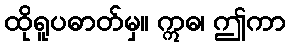
ထိုရူပဓာတ်မှ။ ဣဓ၊ ဤကာ